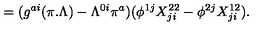
= ( g ^ { a i } ( \pi . \Lambda ) - \Lambda ^ { 0 i } \pi ^ { a } ) ( \phi ^ { 1 j } X _ { j i } ^ { 2 2 } - \phi ^ { 2 j } X _ { j i } ^ { 1 2 } ) .